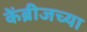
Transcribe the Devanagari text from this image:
केंब्रीजच्या